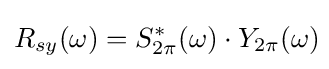
R_{sy}(\omega )=S_{2\pi }^{*}(\omega )\cdot Y_{2\pi }(\omega )\!